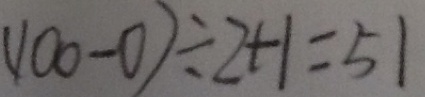
( 1 0 0 - 0 ) \div 2 + 1 = 5 1